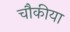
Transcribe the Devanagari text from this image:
चौकीया